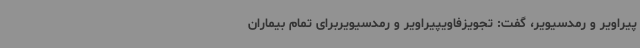
پیراویر و رمدسیویر، گفت: تجویزفاویپیراویر و رمدسیویربرای تمام بیماران